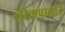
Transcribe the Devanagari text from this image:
लोकपालाने